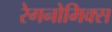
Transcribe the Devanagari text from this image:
रेगनोमिक्स